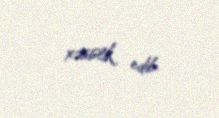
xəsislik edib.